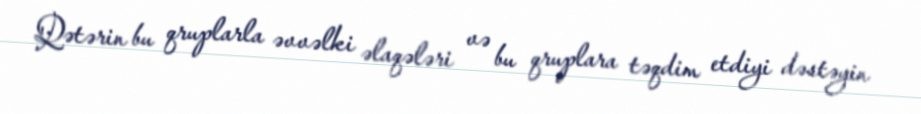
Qətərin bu qruplarla əvvəlki əlaqələri və bu qruplara təqdim etdiyi dəstəyin